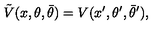
\tilde { V } ( x , \theta , \bar { \theta } ) = V ( x ^ { \prime } , \theta ^ { \prime } , \bar { \theta } ^ { \prime } ) ,